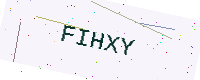
Text: FIHXY